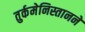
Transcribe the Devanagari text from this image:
तुर्कमेनिस्तानने